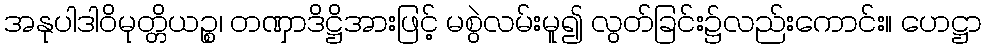
အနုပါဒါဝိမုတ္တိယဉ္စ၊ တဏှာဒိဋ္ဌိအားဖြင့် မစွဲလမ်းမူ၍ လွတ်ခြင်း၌လည်းကောင်း။ ဟေဋ္ဌာ